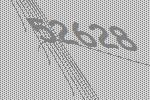
52628